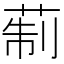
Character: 𦲟